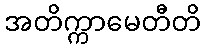
အတိက္ကာမေတီတိ